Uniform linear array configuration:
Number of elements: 12
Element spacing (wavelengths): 0.5
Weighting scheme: blackman
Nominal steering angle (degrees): -60
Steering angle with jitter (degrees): -59.8
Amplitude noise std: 0.05
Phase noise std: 0.05

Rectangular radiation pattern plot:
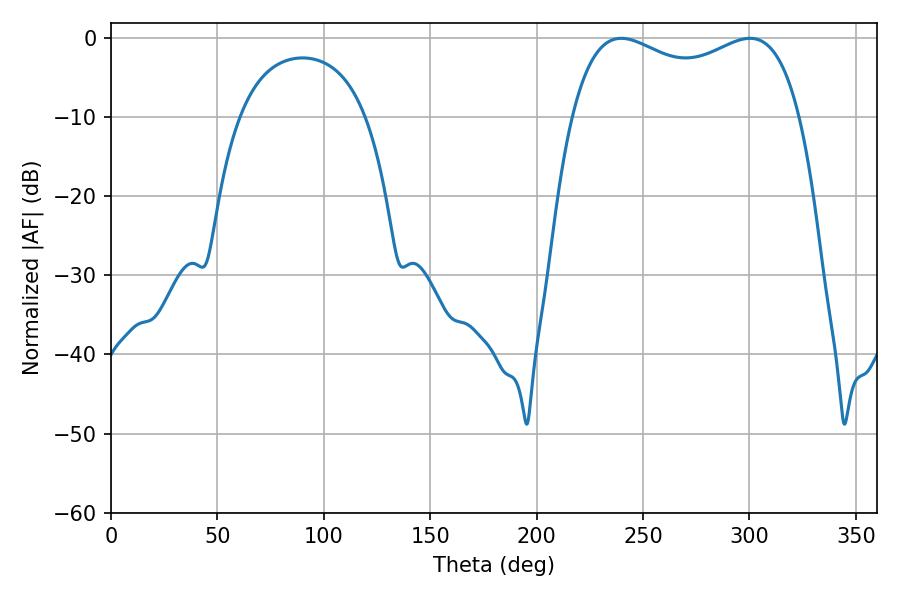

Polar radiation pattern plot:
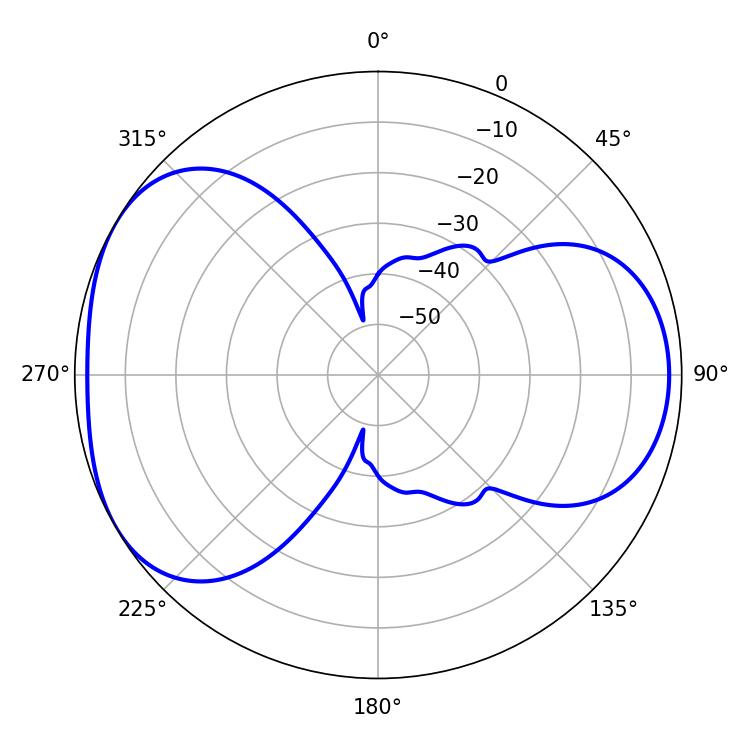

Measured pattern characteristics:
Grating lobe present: FALSE
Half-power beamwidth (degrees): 88.56
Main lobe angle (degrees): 239.76